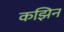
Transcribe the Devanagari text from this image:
कझिन